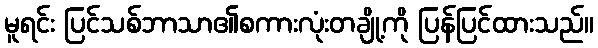
မူရင်း ပြင်သစ်ဘာသာ၏စကားလုံးတချို့ကို ပြန်ပြင်ထားသည်။